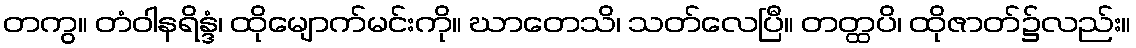
တကွ။ တံဝါနရိန္ဒံ၊ ထိုမျောက်မင်းကို။ ဃာတေသိ၊ သတ်လေပြီ။ တတ္ထပိ၊ ထိုဇာတ်၌လည်း။